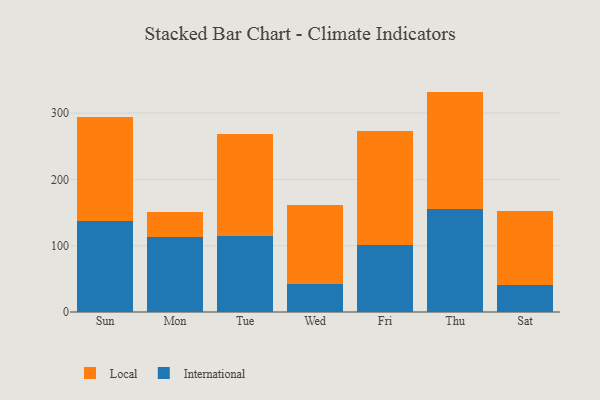
{"axis": {"x": "Day", "y": "Population (Million)"}, "legend": ["International", "Local"], "data": [{"x": "Sun", "y": 137.6, "type": "International"}, {"x": "Sun", "y": 156.8, "type": "Local"}, {"x": "Mon", "y": 113.6, "type": "International"}, {"x": "Mon", "y": 37.9, "type": "Local"}, {"x": "Tue", "y": 114.6, "type": "International"}, {"x": "Tue", "y": 153.8, "type": "Local"}, {"x": "Wed", "y": 41.7, "type": "International"}, {"x": "Wed", "y": 119.1, "type": "Local"}, {"x": "Fri", "y": 100.7, "type": "International"}, {"x": "Fri", "y": 172.6, "type": "Local"}, {"x": "Thu", "y": 155.3, "type": "International"}, {"x": "Thu", "y": 177.1, "type": "Local"}, {"x": "Sat", "y": 40.4, "type": "International"}, {"x": "Sat", "y": 112.1, "type": "Local"}]}